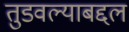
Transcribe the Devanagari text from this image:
तुडवल्याबद्दल